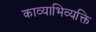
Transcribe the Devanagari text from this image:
काव्याभिव्यक्ति